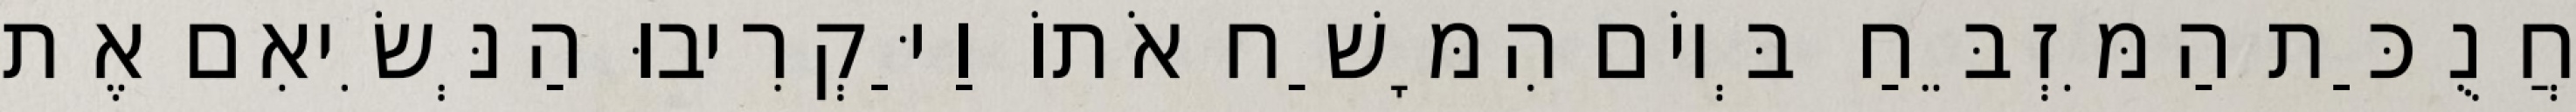
חֲנֻכַּת הַמִּזְבֵּחַ בְּיוֹם הִמָּשַׁח אֹתוֹ וַיַּקְרִיבוּ הַנְּשִׂיאִם אֶת